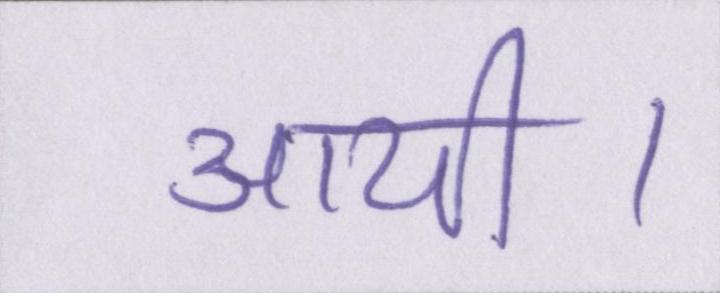
आयी।